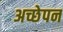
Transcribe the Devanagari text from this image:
अच्छेपन